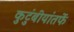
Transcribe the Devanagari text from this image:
कुटुंबीयांतर्फे